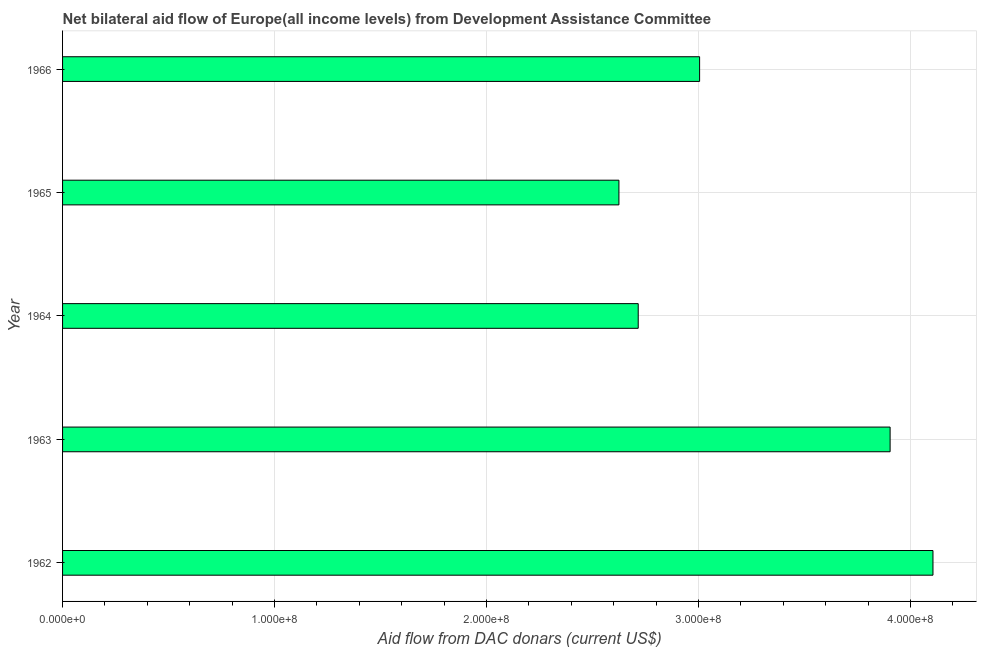
| Year | Net bilateral aid flows from DAC donors |
 | --- | --- |
 | 1962 | 4.11e+08 |
 | 1963 | 3.9e+08 |
 | 1964 | 2.72e+08 |
 | 1965 | 2.62e+08 |
 | 1966 | 3.00e+08 |